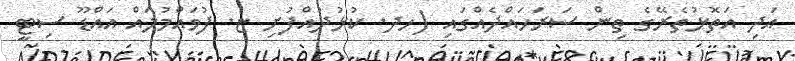
އަދި އަތޮޅުތެރޭގެ ތިން ސަރަހައްދެއްގައި (ހދ. ކުޅުދުއްފުށި ޏ. ފުވައްމުލައް އައްޑޫ ސިޓީ